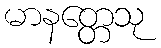
မာနတ္တေသု